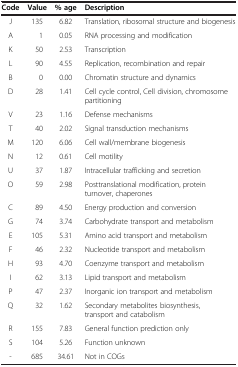
| Code | Value | % age | Description |
 | --- | --- | --- | --- |
 | J | 135 | 6.82 | Translation, ribosomal structure and biogenesis |
 | A | 1 | 0.05 | RNA processing and modification |
 | K | 50 | 2.53 | Transcription |
 | L | 90 | 4.55 | Replication, recombination and repair |
 | B | 0 | 0.00 | Chromatin structure and dynamics |
 | D | 28 | 1.41 | Cell cycle control, Cell division, chromosome partitioning |
 | V | 23 | 1.16 | Defense mechanisms |
 | T | 40 | 2.02 | Signal transduction mechanisms |
 | M | 120 | 6.06 | Cell wall/membrane biogenesis |
 | N | 12 | 0.61 | Cell motility |
 | U | 37 | 1.87 | Intracellular trafficking and secretion |
 | O | 59 | 2.98 | Posttranslational modification, protein turnover, chaperones |
 | C | 89 | 4.50 | Energy production and conversion |
 | G | 74 | 3.74 | Carbohydrate transport and metabolism |
 | E | 105 | 5.31 | Amino acid transport and metabolism |
 | F | 46 | 2.32 | Nucleotide transport and metabolism |
 | H | 93 | 4.70 | Coenzyme transport and metabolism |
 | I | 62 | 3.13 | Lipid transport and metabolism |
 | P | 47 | 2.37 | Inorganic ion transport and metabolism |
 | Q | 32 | 1.62 | Secondary metabolites biosynthesis, transport and catabolism |
 | R | 155 | 7.83 | General function prediction only |
 | S | 104 | 5.26 | Function unknown |
 | - | 685 | 34.61 | Not in COGs |